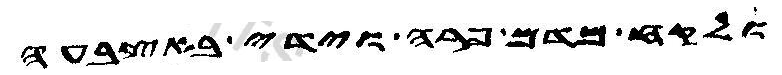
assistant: ולקח ויסב מדם פרה וידי באצבעה